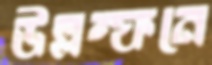
উল্লম্ফনে